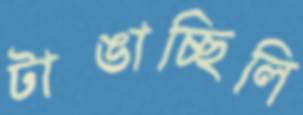
টাঙাচ্ছিলি